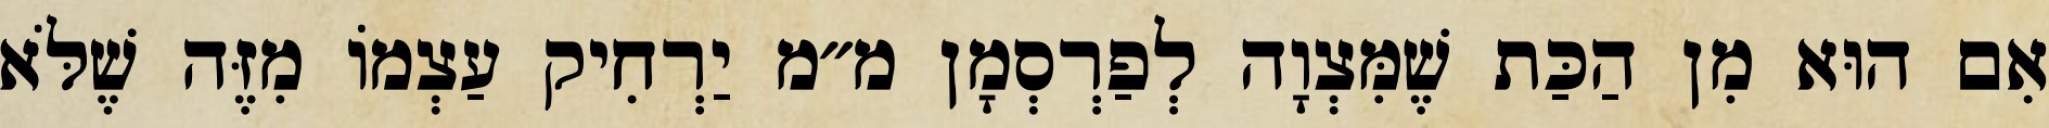
אִם הוּא מִן הַכַּת שֶׁמִּצְוָה לְפַרְסְמָן מ״מ יַרְחִיק עַצְמוֹ מִזֶּה שֶׁלֹּא